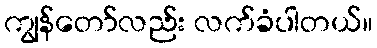
ကျွန်တော်လည်း လက်ခံပါတယ်။